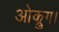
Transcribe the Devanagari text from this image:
ओक्रुग।